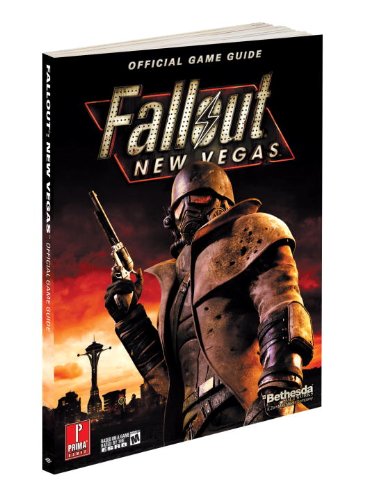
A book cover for Fallout New Vegas: Prima Official Game Guide (Prima Official Game Guides); David Hodgson; Computers & Technology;